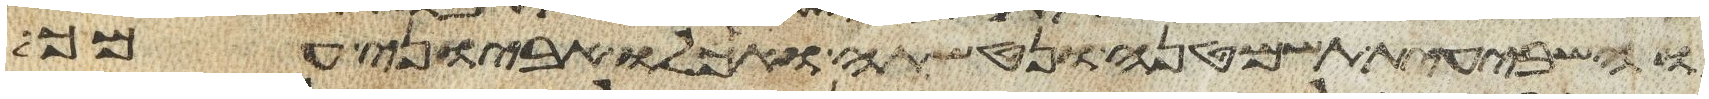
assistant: והשביעית תשמטנה ונטשתה ואכלו אביוני עמך